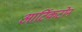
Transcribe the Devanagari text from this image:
आर्टिकटोन